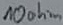
Text: 10ohm